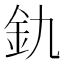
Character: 釚